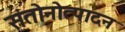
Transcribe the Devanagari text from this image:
संतोनोत्पादन